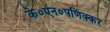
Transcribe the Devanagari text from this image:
के०एन०पणिक्कर